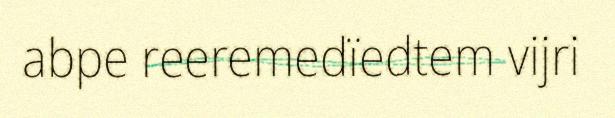
abpe reeremedïedtem vijri